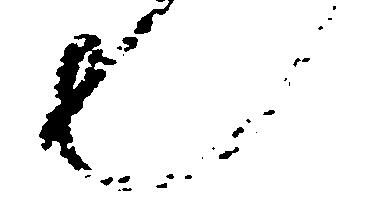
也